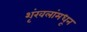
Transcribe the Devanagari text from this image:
शृंखलांमधून